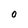
Character: 0